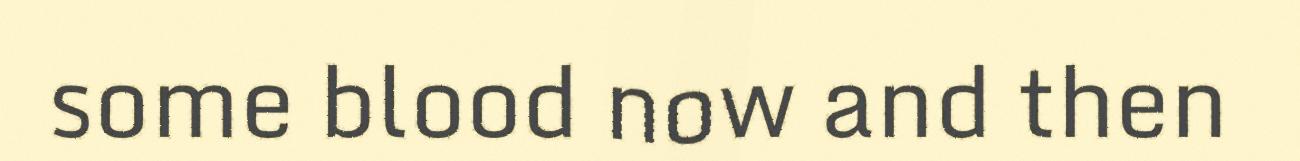
some blood now and then